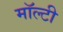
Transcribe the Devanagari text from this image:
मॉल्टी